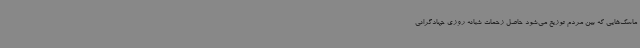
ماسک‌هایی که بین مردم توزیع می‌شود حاصل زحمات شبانه روزی جهادگرانی